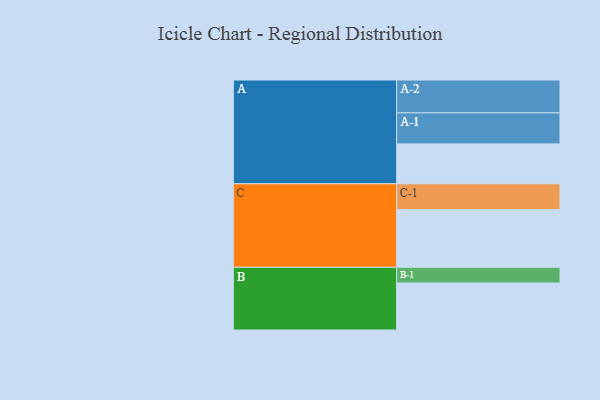
{"axis": {"x": "Segment", "y": "Value"}, "legend": ["", "A", "B", "C"], "data": [{"x": "A", "y": 358, "type": ""}, {"x": "B", "y": 422, "type": ""}, {"x": "C", "y": 518, "type": ""}, {"x": "A-1", "y": 279, "type": "A"}, {"x": "A-2", "y": 295, "type": "A"}, {"x": "B-1", "y": 141, "type": "B"}, {"x": "C-1", "y": 232, "type": "C"}]}